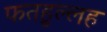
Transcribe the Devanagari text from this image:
फतहुल्लह